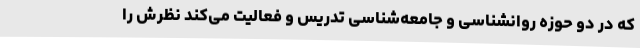
که در دو حوزه روانشناسی و جامعه‌شناسی تدریس و فعالیت می‌کند نظرش را